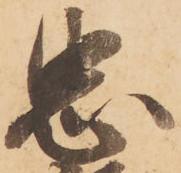
忠